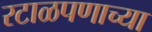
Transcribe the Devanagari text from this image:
रटाळपणाच्या